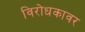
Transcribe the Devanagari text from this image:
विरोधकावर